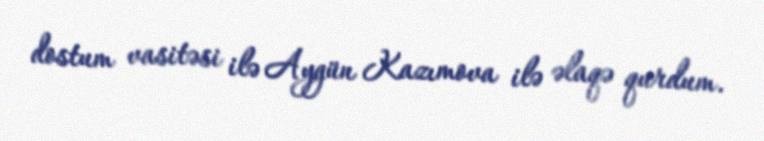
dostum vasitəsi ilə Aygün Kazımova ilə əlaqə qurdum.